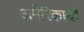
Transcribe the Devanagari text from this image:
अमेरिकाची